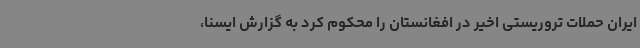
ایران حملات تروریستی اخیر در افغانستان را محکوم کرد به گزارش ایسنا،